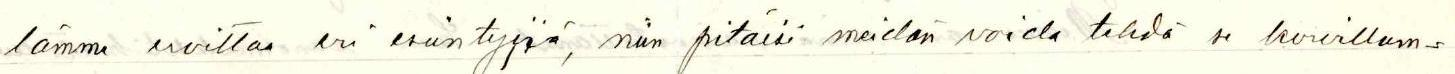
lämme eroittaa eri esiintyjiä, niin pitäisi meidän voida tehdä se korvillam=